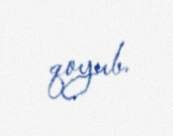
qoyub.